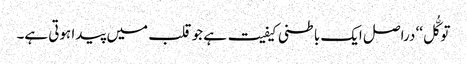
توکُّل‘‘ دراصل ایک باطنی کیفیت ہے جو قلب میں پیدا ہوتی ہے۔